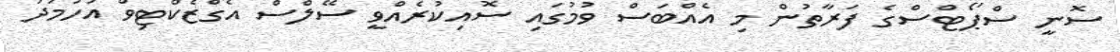
ސޮނީ ސްޕޯޓްސްގެ ފަރާތުން މި އެއްބަސް ވުމުގައި ސޮއިކުރެއްވީ ސޭލްސް އެގްޒެކްޓިވް އަހުމަދު